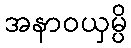
အနာဝယှမ္ပိ